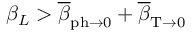
\beta _ { L } > \overline { { \beta } } _ { \mathrm { p h } \rightarrow 0 } + \overline { { \beta } } _ { \mathrm { T } \rightarrow 0 }